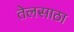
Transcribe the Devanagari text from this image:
तेलसाठा